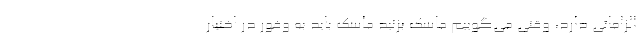
الزاماتی دارد، وقتی می‌گوییم ماسک بزنید ماسک باید به وفور در اختیار